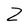
Character: Z